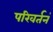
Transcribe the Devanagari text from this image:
परिवर्तनं